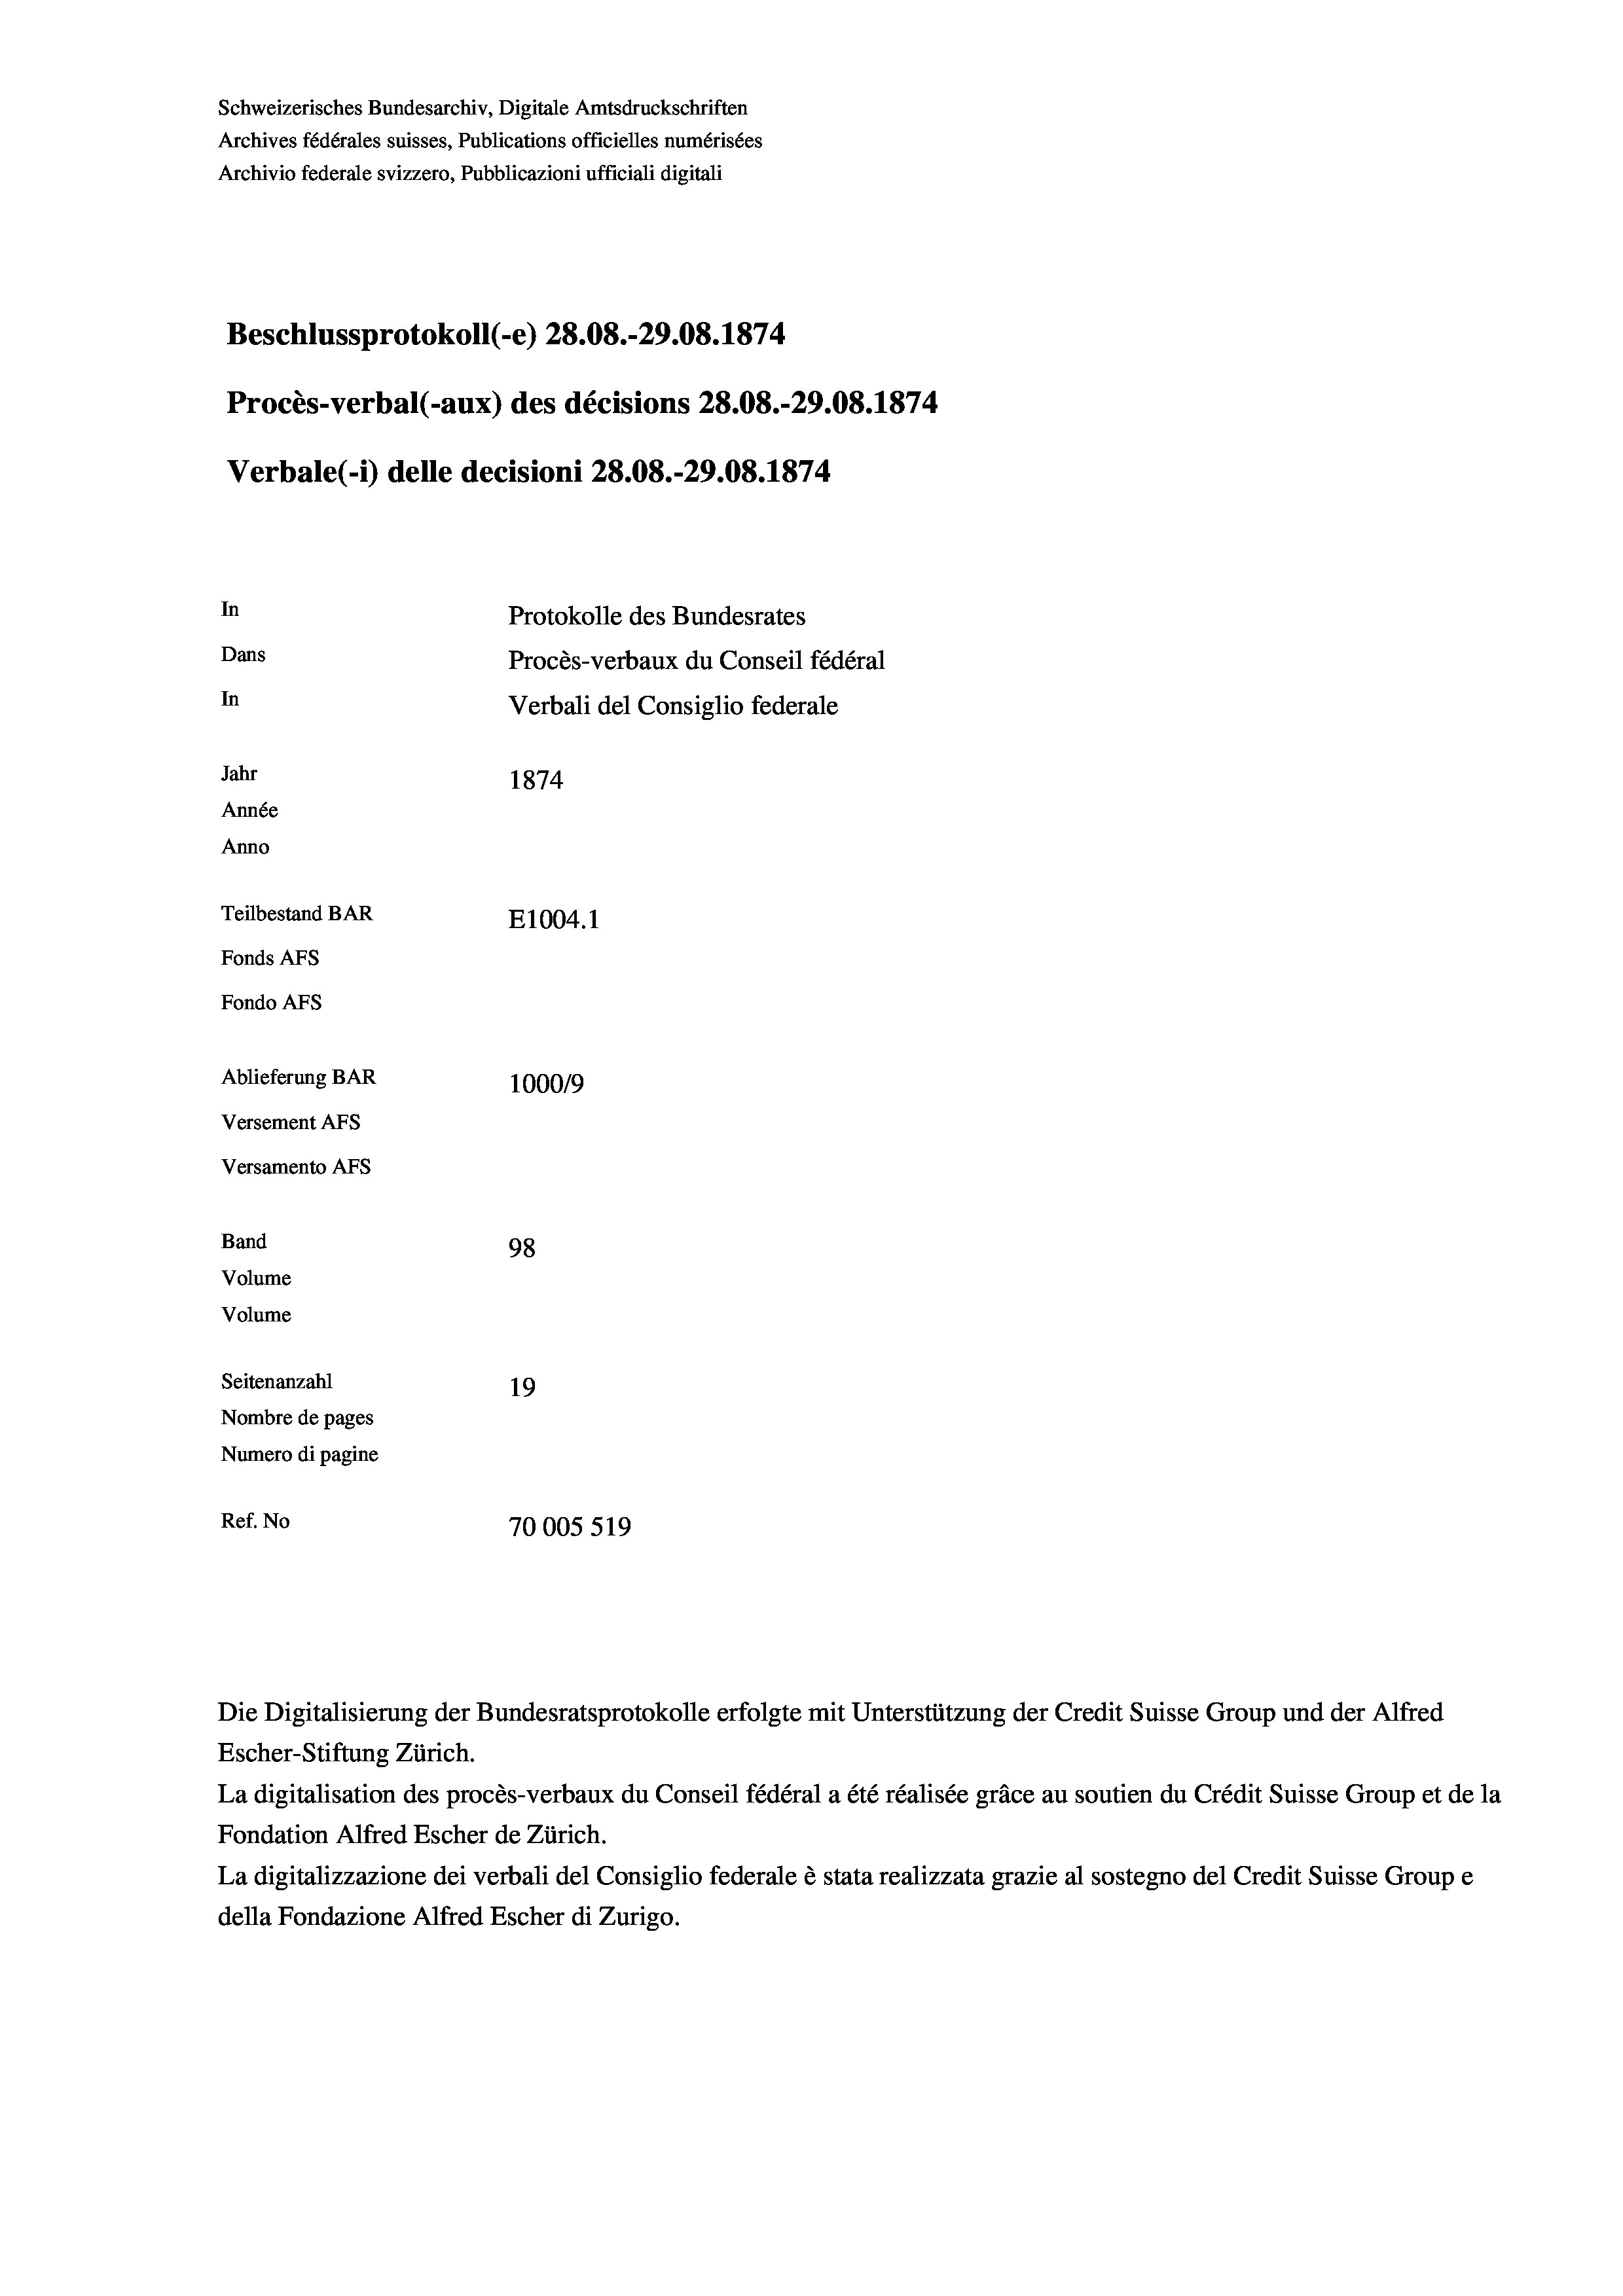
Schweizerisches Bundesarchiv, Digitale Amtsdruckschriften
Archives fédérales suisses, Publications officielles numérisées
Archivio federale svizzero, Pubblicazioni ufficiali digitali
Beschlussprotokoll (-e) 28.08.-29.08. 1874
Procès-verbal (-aux) des décisions 28.08.-29.08. 1874
Verbale (i) delle decisioni 28.08.-29.08. 1874
In
Protokolle des Bundesrates
Dans
Procès-verbaux du Conseil fédéral
In
Verbali del Consiglio federale
Jahr
1874
Année
Anno
Teilbestand BAR
E1004. 1
Fonds Afs
Fondo AFS
Ablieferung BAR
100019
Versement AFs
Versamento AFs
Band
98
Volume
Volume
Seitenanzahl
19
Nombre de pages
Numero di pagine
Ref. No
70005 519

Die Digitalisierung der Bundesratsprotokolle erfolgte mit Unterstützung der Credit Suisse Group und der Alfred
Escher-Stiftung Zürich.
La digitalisation des procès-verbaux du Conseil fédéral a été réalisée gräce au soutien du Crédit Suisse Group et de la
Fondation Alfred Escher de Zürich.
La digitalizzazione dei verbali del Consiglio federale è stata realizzata grazie al sostegno del Credit Suisse Groupe
della Fondazione Alfred Escher di Zurigo.